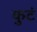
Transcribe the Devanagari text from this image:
कुटं